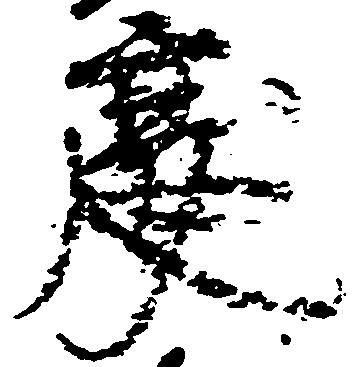
慶